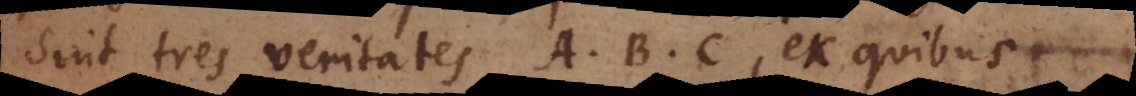
Sint tres veritates A, B, C, ex quibus